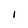
Character: I